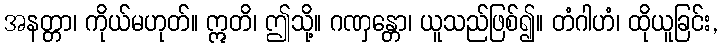
အနတ္တာ၊ ကိုယ်မဟုတ်။ ဣတိ၊ ဤသို့။ ဂဏှန္တော၊ ယူသည်ဖြစ်၍။ တံဂါဟံ၊ ထိုယူခြင်း,